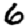
Digit: 6